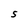
Character: S